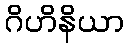
ဂိဟိနိယာ